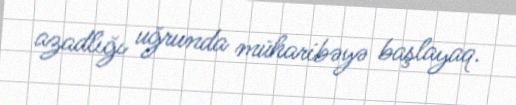
azadlığı uğrunda müharibəyə başlayaq.